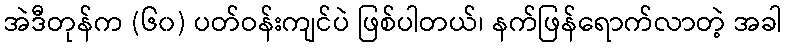
အဲဒီတုန်က (၆၀) ပတ်ဝန်းကျင်ပဲ ဖြစ်ပါတယ်၊ နက်ဖြန်ရောက်လာတဲ့ အခါ